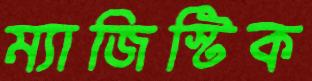
ম্যাজিস্টিক